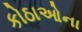
કોઠાઓના